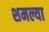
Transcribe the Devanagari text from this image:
शमल्या